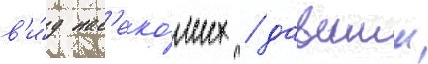
в'и́д нас'еко́мых / давшии